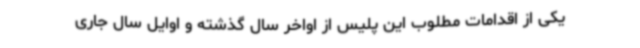
یکی از اقدامات مطلوب این پلیس از اواخر سال گذشته و اوایل سال جاری